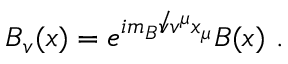
B _ { v } ( x ) = e ^ { i m _ { B } { \not v } v ^ { \mu } x _ { \mu } } B ( x ) \ .